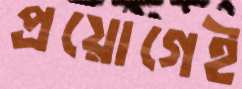
প্রয়োগেই